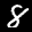
Label: 8